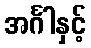
အင်္ဂါနှင့်